Annual administration report of the Civil Veterinary Department of India - 1897-1898
Year: 1897
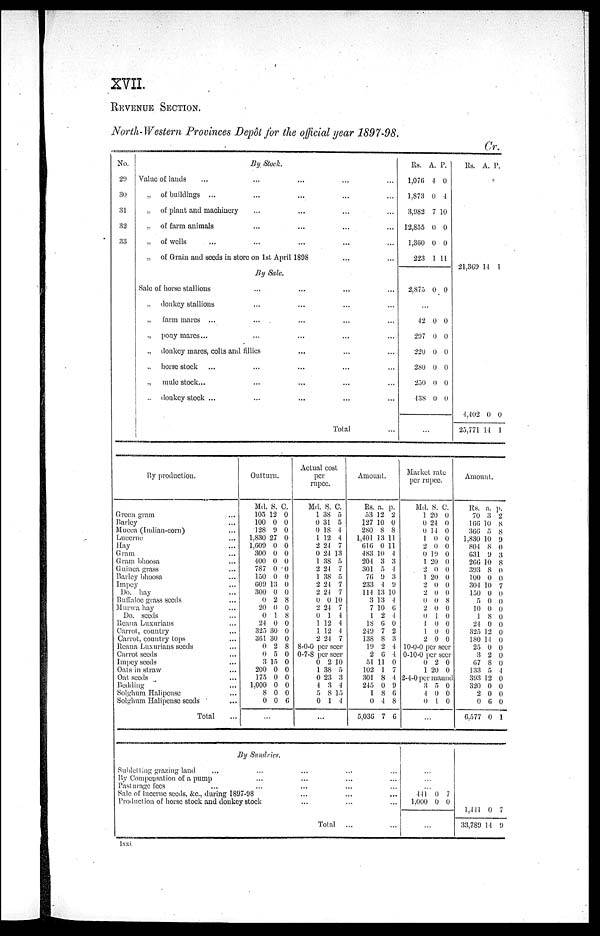
X VII.
REVENUE SECTION.
North—Western Provinces Depôt for the official year 1897—98.
Cr.
No.
29
30
31
32
33
By, Stock.
Value of lauds
...............
„ of buildings
...............
„ of plant and machinery............
„ of farm
animals............
„ of wells
...............
„ of Grain and seeds in store on 1st April 1898......
By Sale.
Sale of horse stallions............
„ donkey stallions............
„ farm mares
...............
„ pony
mares...............
„ donkey mares, colts and
fillies.........
„ horse
stock............
„ mule stock...............
„ donkey stock
...............
Total...
Rs.
1,076
1,873
3,982
12,855
1,360
223
2,875
...
42
297
220
280
250
438
A
4
0
7
0
0
1
0
0
0
0
0
0
0
P.
0
1
10
0
0
11
0
0
0
0
0
0
0
Rs.
21,869
4,402
25,771
A.
14
0
14
P.
1
0
1
By production.
Green gram ...
Barley ...
Mucca (Indian—corn) ...
Lucerne ...
Hay ...
Gram ...
Gram bhoosa ...
Guinea grass ...
Barley bhoosa ...
Impey ...
Do. hay ...
Buffaloe grass seeds ...
Murwa hay ...
Do. seeds ...
Reana Luxarians ...
Carrot, country ...
Carrot, country tops ...
Reana Luxurians seeds ...
Carrot seeds ...
Impey seeds ...
Oats in straw ...
Oat seeds ...
Bedding ...
Solghum Halipense ...
Solghum Halipense seeds ...
Total ...
Outturn.
Md.
105
100
128
1,830
1,609
300
400
787
150
609
300
0
20
0
24
325
361
0
0
3
200
175
1.000
8
0
...
S.
12
0
9
27
0
0
0
0
0
13
0
2
0
1
0
30
30
2
5
15
0
0
0
0
0
C.
0
0
0
0
0
0
0
0
0
0
0
8
0
8
0
0
0
8
0
0
0
0
0
0
6
Actual cost
per
rupee.
Md.
1
0
0
1
2
0
1
2
1
2
2
0
2
0
1
1
2
S.
38
31
18
12
24
24
38
24
38
24
24
0
24
1
12
12
24
C.
5
5
4
4
7
13
5
7
5
7
7
10
7
4
4
4
7
8—0—0 per seer
0—7—8 per seer
0
1
0
4
5
0
..
2
38
23
3
8
1
.
10
5
3
4
15
4
Amount.
Rs.
53
127
280
1,401
616
483
204
301
76
233
114
3
7
1
18
249
188
19
2
51
102
301
245
1
0
5,036
a.
12
10
8
13
0
10
3
5
9
4
13
13
10
2
6
7
8
2
6
11
1
8
0
8
4
7
p.
2
0
8
11
11
4
3
4
3
9
10
4
6
4
0
2
3
4
4
0
7
4
9
6
8
6
Market rate
per rupee.
Md.
1
0
0
1
2
0
1
2
1
2
2
0
2
0
1
1
2
S.
20
24
14
0
0
19
20
0
20
0
0
0
0
1
0
0
0
C.
0
0
0
0
0
0
0
0
0
0
0
8
0
0
0
0
0
10—0—0 per seer
0—10—0 per seer
0
1
2
20
0
0
2—4—0 per maund
3
4
0
...
5
0
1
0
0
0
Amount.
Rs.
70
166
366
1,830
804
631
266
393
100
304
150
5
10
1
24
325
180
25
3
67
133
393
320
2
0
6,577
a.
3
10
5
10
8
9
10
8
0
10
0
0
0
8
0
12
14
0
2
8
5
12
0
0
6
0
p.
2
8
8
9
0
3
8
0
0
7
0
0
0
0
0
0
0
0
0
0
4
0
0
0
0
1
By Sundries.
Subletting grazing land
............
By Compensation of a
pump.........
Pasturage fees
............
Sale of lucerne seeds, &c., during 1897—98.........
Production of horse stock and donkey
stock......
Total ... ...
...
...
441
1,000
0
0
7
0
...
...
...
...
...
...
1,411
33,789
0
14
7
9
lxxi